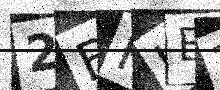
Text: 2BKKEZ